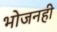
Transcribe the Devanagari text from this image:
भोजनही